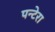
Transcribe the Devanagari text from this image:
पन्टेरा